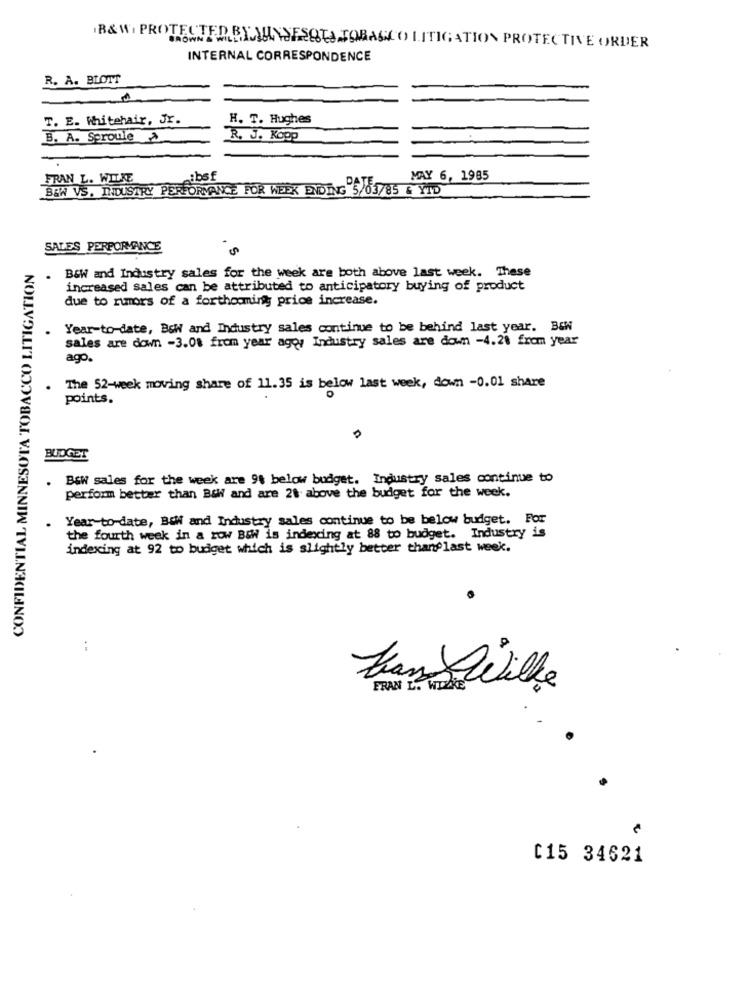
B&W, PROTECTED BY JUNESOU TOBACCO LITIGATION PROTECTIVE ORDER
INTERNAL CORRESPONDENCE
R. A. BLOTT
T. E. Whitehair, Jr.
H. T. Hughes
B. A. Sproule >
R. J. Kopp
FRAN L. WILKE
:bsf
MAY 6, 1985
BEW VS. INDUSTRY PERFORMANCE FOR WEEK ENDING 5/03/85 & YTD
SALES PERFORMANCE
CONFIDENTIAL MINNESOTA TOBACCO LITIGATION
B&W and Industry sales for the week are both above last week. These
increased sales can be attributed to anticipatory buying of product
due to rumors of a forthcoming price increase.
Year-to-date, Bow and Industry sales continue to be behind last year. B&W
sales are down -3.0% from year agoy Industry sales are down -4.20 from year
ago.
The 52-week moving share of 11.35 is below last week, down -0.01 share
points.
BUDGET
B&W sales for the week are 9% below budget. Industry sales continue to
perform better than B&W and are 21 above the budget for the week.
Year-to-date, Bill and Industry sales continue to be below budget. For
the fourth week in a row B&W is indexing at 88 to budget. Industry is
indexing at 92 to budget which is slightly better thanlast week.
:
tran Wilke
FRAN L. WIRKE
C15 34621